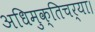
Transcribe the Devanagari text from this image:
अधिमुक्तिचर्या।